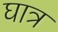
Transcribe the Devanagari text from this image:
घात्र